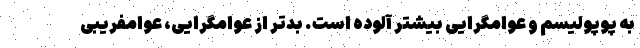
به پوپولیسم و عوامگرایی بیشتر آلوده است. بدتر از عوامگرایی، عوامفریبی